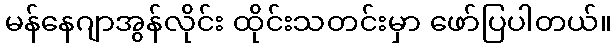
မန်နေဂျာအွန်လိုင်း ထိုင်းသတင်းမှာ ဖော်ပြပါတယ်။